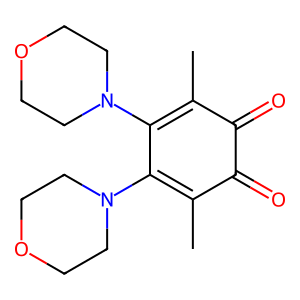
SMILES: CC1=C(N2CCOCC2)C(N2CCOCC2)=C(C)C(=O)C1=O
Inhibits HIV replication: No